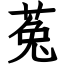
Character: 菟